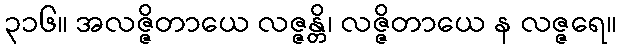
၃၁၆။ အလဇ္ဇိတာယေ လဇ္ဇန္တိ၊ လဇ္ဇိတာယေ န လဇ္ဇရေ။